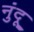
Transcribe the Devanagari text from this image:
नुंदू